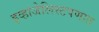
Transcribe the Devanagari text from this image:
इव्हांजेलिस्टपणात